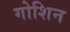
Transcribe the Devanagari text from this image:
गोशिन